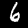
Label: 6